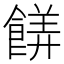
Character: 𬲙